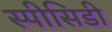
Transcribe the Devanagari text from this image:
स्पीसिडी